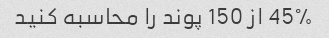
45% از 150 پوند را محاسبه کنید